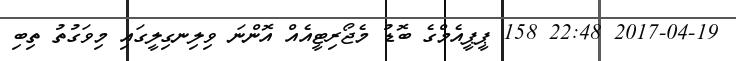
2017-04-19 22:48 158 ޕީޕީއެމްގެ ބޮޑު މެޖޯރިޓީއެއް އޮންނަ ވިލިނގިލީގައި މިވަގުތު ތިބި